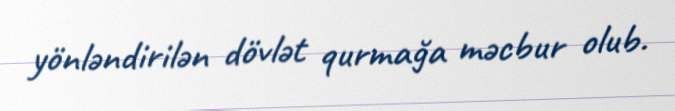
yönləndirilən dövlət qurmağa məcbur olub.